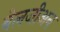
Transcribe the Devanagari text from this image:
बेलजीअन